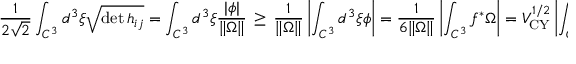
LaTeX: { \frac { 1 } { 2 \sqrt { 2 } } } \int _ { { \cal C } ^ { 3 } } d ^ { 3 } \xi \sqrt { \operatorname * { d e t } h _ { i j } } = \int _ { { \cal C } ^ { 3 } } d ^ { 3 } \xi \frac { | \phi | } { \| \Omega \| } \, \geq \, \frac { 1 } { \| \Omega \| } \left| \int _ { { \cal C } ^ { 3 } } d ^ { 3 } \xi \phi \right| = \frac { 1 } { 6 \| \Omega \| } \left| \int _ { { \cal C } ^ { 3 } } f ^ { * } \Omega \right| = V _ { \mathrm { C Y } } ^ { 1 / 2 } \left| \int _ { { \cal C } ^ { 3 } } f ^ { * } \widehat { \Omega } \right| \ .